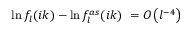
\ln f _ { l } ( i k ) - \ln f _ { l } ^ { a s } ( i k ) \ = { \cal O } \left( l ^ { - 4 } \right)